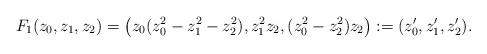
LaTeX: \begin{align*}F_1(z_0,z_1,z_2)=\big(z_0(z_0^2-z_1^2-z_2^2),z_1^2z_2,(z_0^2-z_2^2)z_2\big):=(z_0',z_1',z_2').\end{align*}